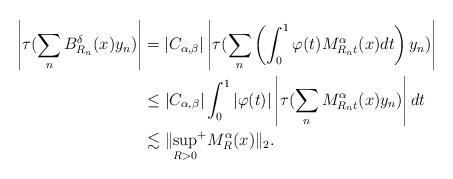
LaTeX: \begin{align*}\left|\tau(\sum_n B^\delta_{R_n}(x)y_n)\right|&=|C_{\alpha,\beta}|\left|\tau(\sum_n\left(\int^1_0\varphi(t)M^\alpha_{R_nt}(x)dt\right)y_n)\right|\\&\leq |C_{\alpha,\beta}|\int^1_0|\varphi(t)|\left|\tau(\sum_nM^\alpha_{R_nt}(x)y_n)\right|dt\\&\lesssim \|{\sup_{R>0}}^+M^\alpha_{R}(x)\|_2.\end{align*}